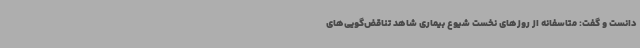
دانست و گفت: متاسفانه از روزهای نخست شیوع بیماری شاهد تناقض‌گویی‌های